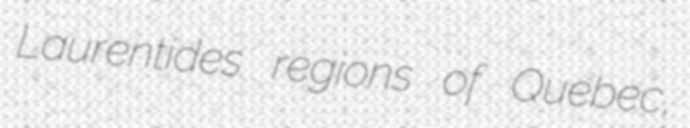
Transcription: Laurentides regions of Quebec,